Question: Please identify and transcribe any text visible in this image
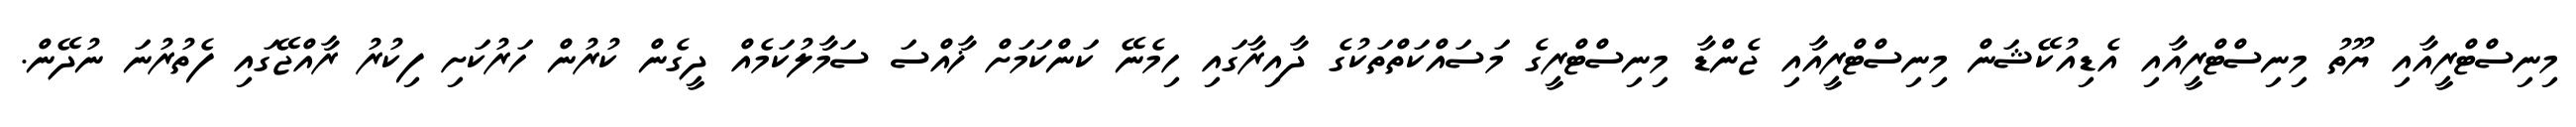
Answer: މިނިސްޓްރީއާއި ޔޫތު މިނިސްޓްރީއާއި އެޑިއުކޭޝަން މިނިސްޓްރީއާއި ޖެންޑާ މިނިސްޓްރީގެ މަސައްކަތްތަކުގެ ދާއިރާގައި ހިމެނޭ ކަންކަމަށް ޚާއްސަ ސަމާލުކަމެއް ދީގެން ކުރުން ހަރުކަށި ފިކުރު ރާއްޖޭގައި ފެތުރުނަ ނުދޭން.